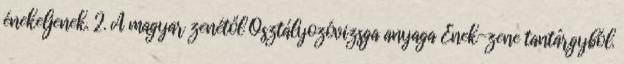
énekeljenek. 2. A magyar zenétől Osztályozóvizsga anyaga Ének-zene tantárgyból.